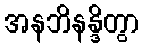
အနဘိနန္ဒိတွာ